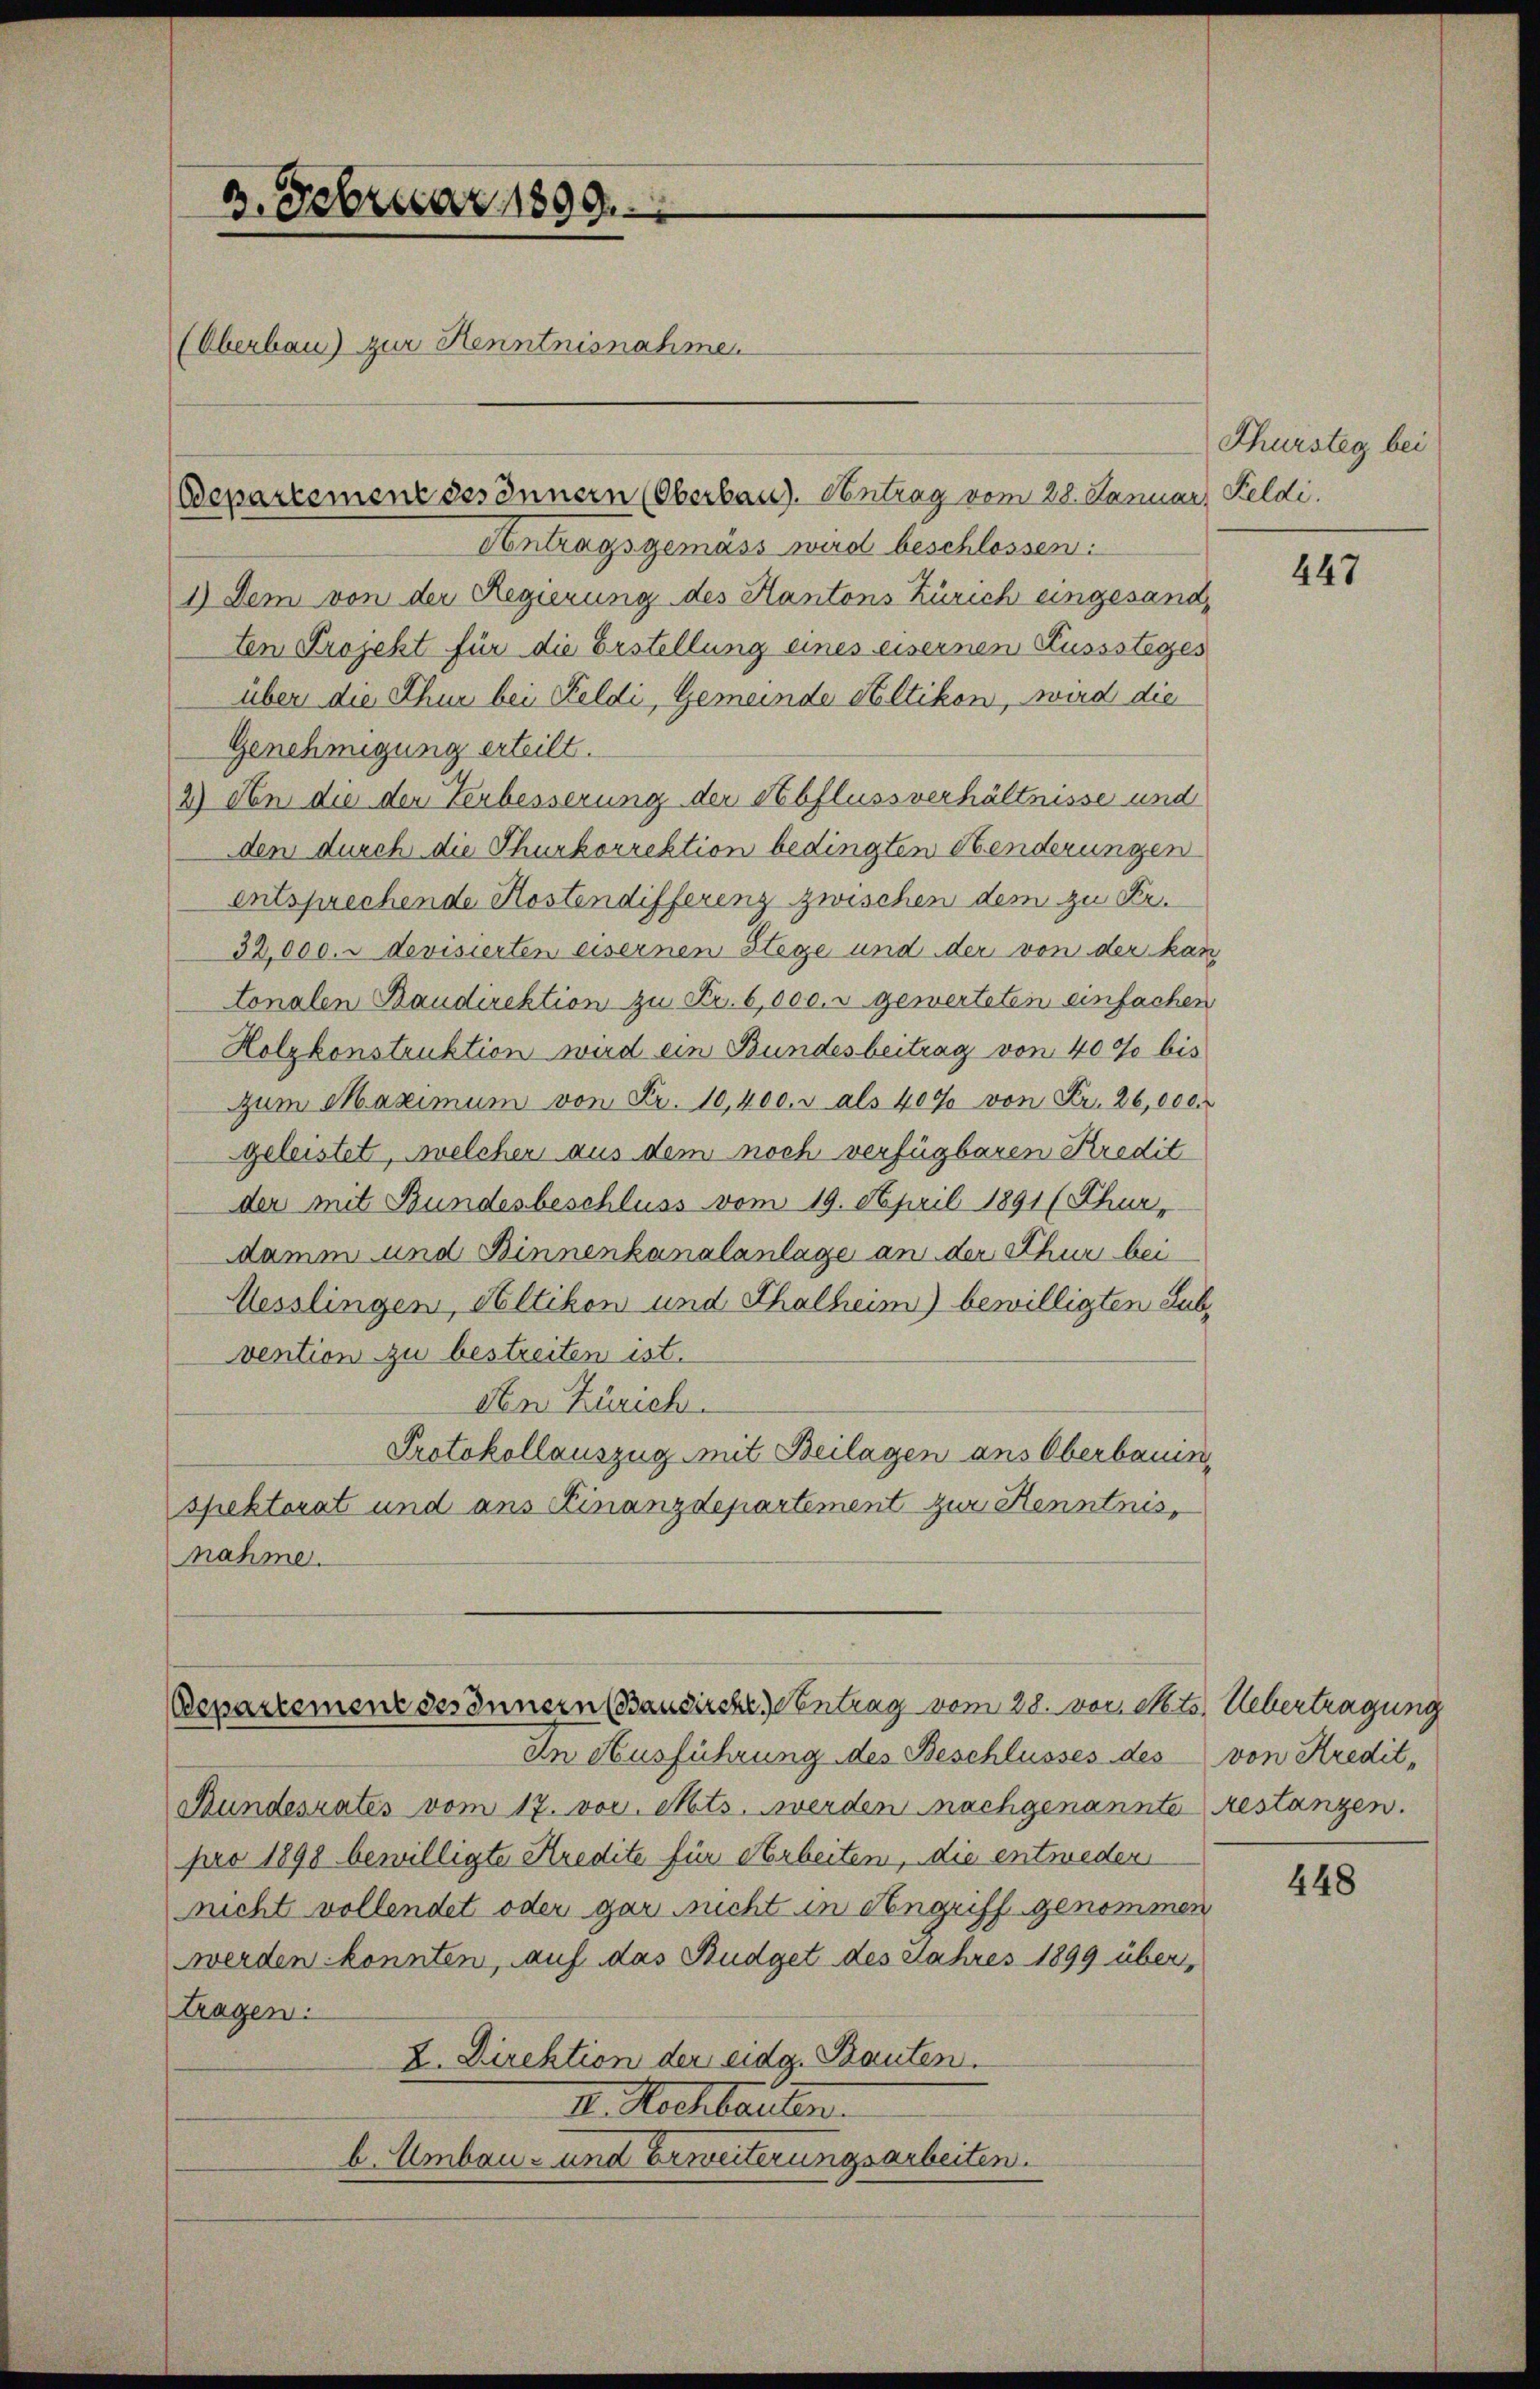
3. Februar 1899.
(Oberbau) zur Kenntnisnahme
Departemene des Innern (Oberbau). Antrag vom 28. Januar, Feldi.

Antragsgemäss wird beschlossen:
1) Dem von der Regierung des Kantons Zürich eingesandten Projekt für die Erstellung eines eisernen Kusssteges
über die Thur bei Feldi, Gemeinde Altikon, wird die
Genehmigung erteilt.
2) An die den Verbesserung der Abflussverhältnisse und
den durch die Thurkorrektion bedingten Henderungen
entsprechende Kostendifferenz zwischen dem zu Er¬
32,000. u devisierten eisernen Stege und der von der kan
tonalen Baudirektion zu Fr. 6,000. r gewerteten einfachen
Holzkonstruktion wird ein Bundesbeitrag von 40% bis
zum Maximum von Fr. 10,400. u als 40% von Fr. 26,000.
geleistet, welcher aus dem noch verfügbaren Kredit
der mit Bundesbeschluss vom 19. April 1891 (Thur-
damm und Binnenkanalanlage an der Thur bei
Hesslingen, Altikon und Thalheim) bewilligten Subvention zu bestreiten ist.
den Zürich.
Protokollauszug mit Beilagen ans Oberbauin
spektorat und aus Finanzdepartement zur Kenntnis,
nahme.

Departemenz des Innern (Bausirches Eintrag/Antrag vom 28. vor. Mts. Uebertragung

In Ausführung des Beschlusses des von Kredit-
Bundesrates vom 17. vor. Mts. werden nachgenannte restanzen.
pro 1898 bewilligte Kredite für Arbeiten, die entweder
nicht vollendet oder gar sucht in Angriff genommen
werden konnten, auf das Budget des Jahres 1899 über,
tragen.
X. Direktion der eidg. Bauten.
I. Rechbarten.
b. Umbau- und Erweiterungsarbeiten.

Thürsteg bei

447

448